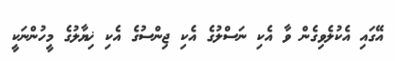
އޭގައި އެކުލެވިގެން ވާ އެކި ނަސްލުގެ އެކި ޖިންސުގެ އެކި ޚިޔާލުގެ މީހުންނަކީ